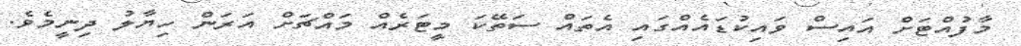
މާފުއްޓަށް އައިސް ވައިކުޑައެއްގައި އެތައް ސަތޭކަ މީޓަރެއް މައްޗަށް އަރަން ހިޔާލު ދިނީމެވެ.